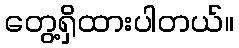
တွေ့ရှိထားပါတယ်။